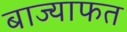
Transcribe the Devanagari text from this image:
बाज्याफत